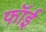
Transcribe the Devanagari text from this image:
फॉई